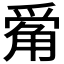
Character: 𪺔